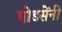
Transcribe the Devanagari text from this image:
गोडसेंनी